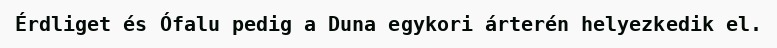
Érdliget és Ófalu pedig a Duna egykori árterén helyezkedik el.